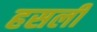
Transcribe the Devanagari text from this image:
हसली